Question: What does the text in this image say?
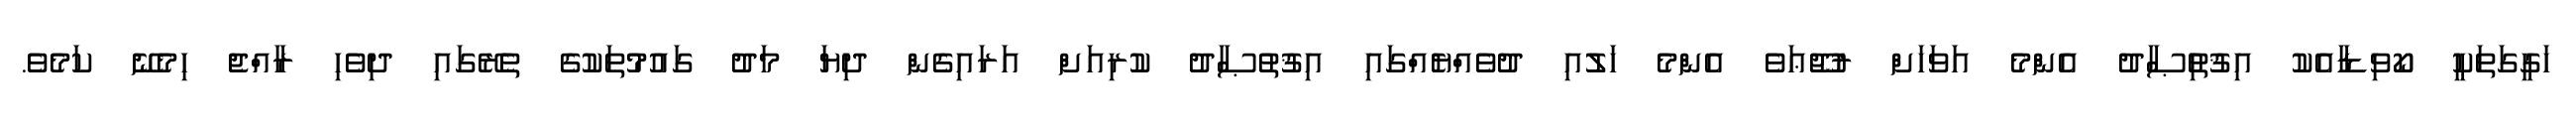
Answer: ހަގީގަތަކީ ކޯވިޑާއެކު އިޤުތުިޞާދު އެންމެ އަވަހަށް ރުޖޫޢަވެ އެންމެ ހަލުއި ދުވެއްޔެއްގައި އިޤުތުޞާދު ކުރިއަށް އަރައިގެން ދިޔަ މަދު ގައުމުތަކުގެ ތެރޭގައި ދިވެހި ރާއްޖެ ހިމެނޭ ކަމެވެ.